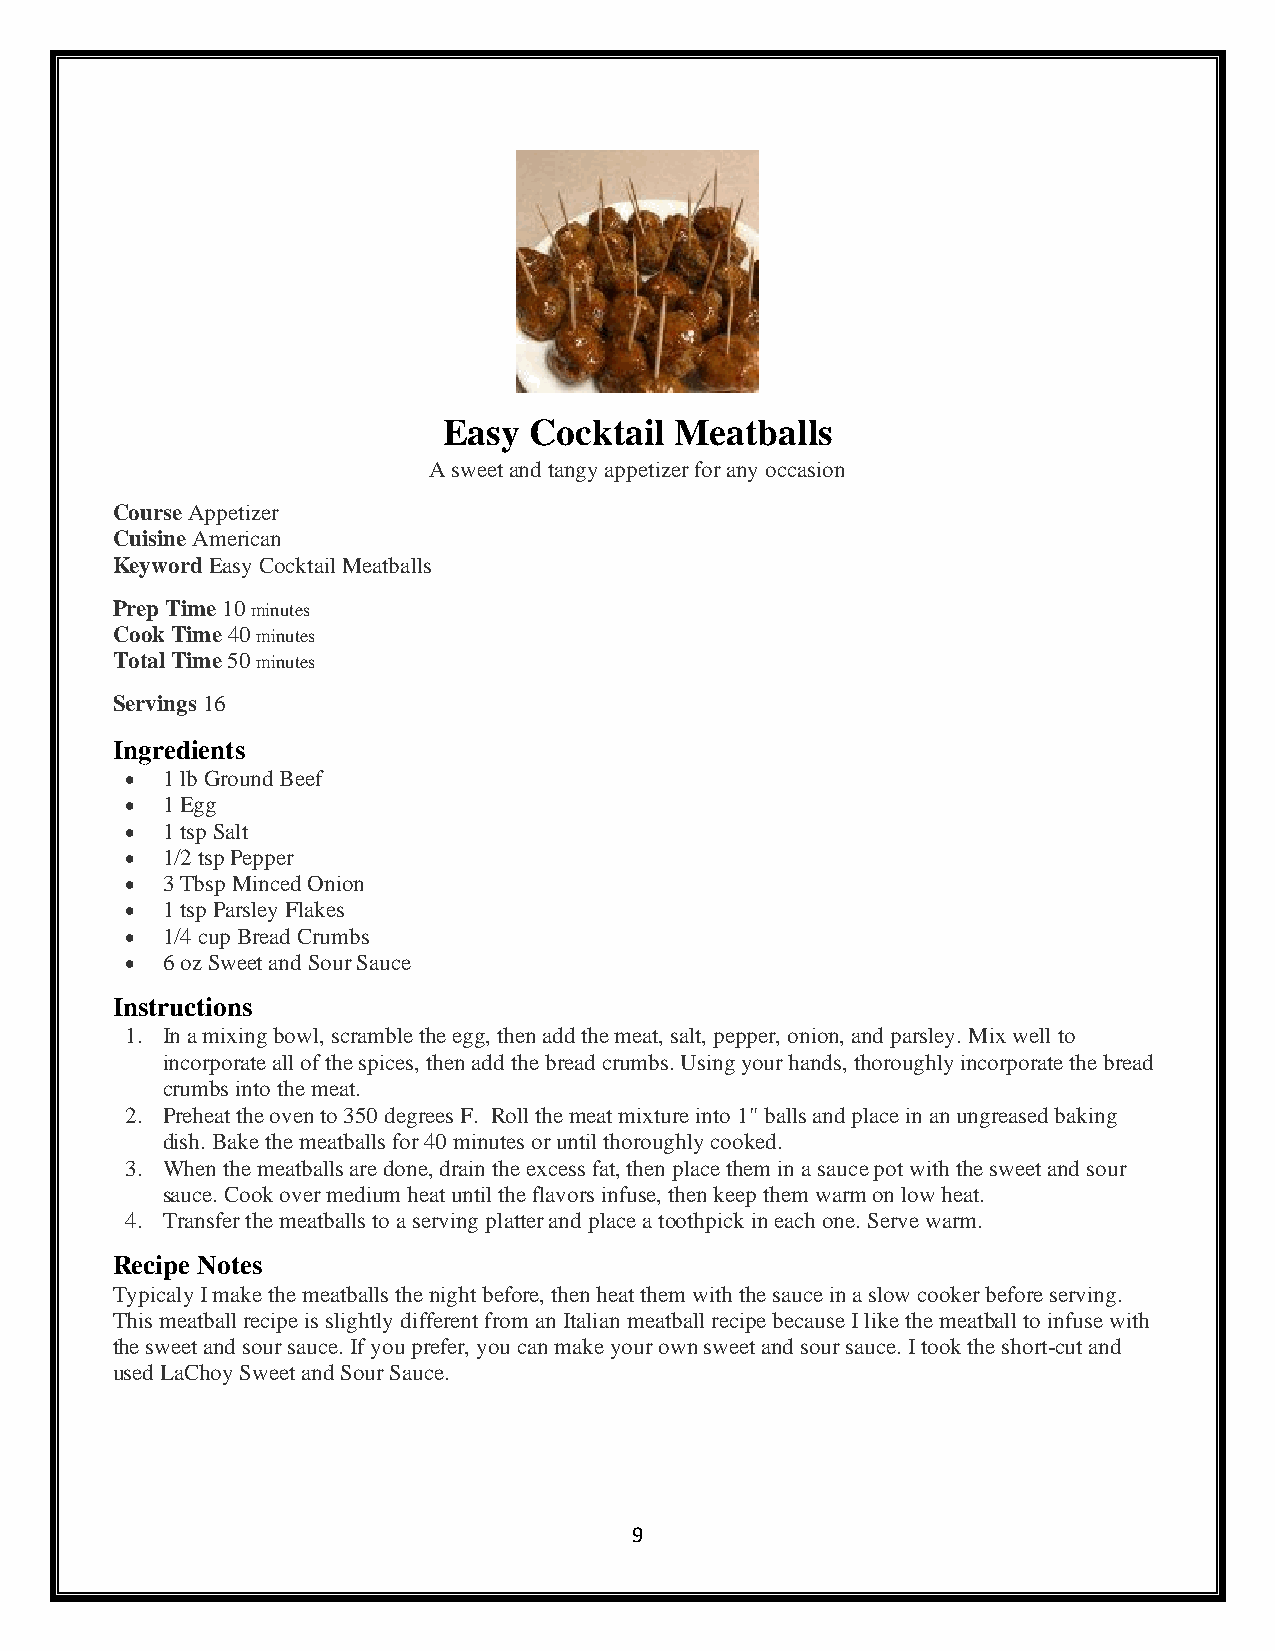
Easy  Cocktail  Meatballs
 A sweet and tangy appetizer for any occasion
 Course Appetizer
 Cuisine American
 Keyword Easy Cocktail Meatballs
 Prep Time 10 minutes
 Cook Time 40 minutes
 Total Time 50 minutes
 Servings 16
 Ingredients
 •  1 lb Ground Beef
 •  1 Egg
 •  1 tsp Salt
 •  1/2 tsp Pepper
 •  3 Tbsp Minced Onion
 •  1 tsp Parsley Flakes
 •  1/4 cup Bread Crumbs
 •  6 oz Sweet and Sour Sauce
 Instructions
 1. In a mixing bowl, scramble the egg, then add the meat, salt, pepper, onion, and parsley. Mix well to
 incorporate all of the spices, then add the bread crumbs. Using your hands, thoroughly incorporate the bread
 crumbs into the meat.
 2. Preheat the oven to 350 degrees F. Roll the meat mixture into 1" balls and place in an ungreased baking
 dish. Bake the meatballs for 40 minutes or until thoroughly cooked.
 3. When the meatballs are done, drain the excess fat, then place them in a sauce pot with the sweet and sour
 sauce. Cook over medium heat until the flavors infuse, then keep them warm on low heat.
 4. Transfer the meatballs to a serving platter and place a toothpick in each one. Serve warm.
 Recipe Notes
 Typicaly I make the meatballs the night before, then heat them with the sauce in a slow cooker before serving.
 This meatball recipe is slightly different from an Italian meatball recipe because I like the meatball to infuse with
 the sweet and sour sauce. If you prefer, you can make your own sweet and sour sauce. I took the short-cut and
 used LaChoy Sweet and Sour Sauce.
 9